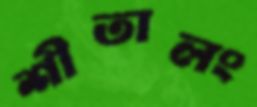
শীতালং